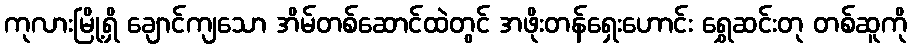
ကုလားမြို့ရှိ ချောင်ကျသော အိမ်တစ်ဆောင်ထဲတွင် အဖိုးတန်ရှေးဟောင်း ရွှေဆင်းတု တစ်ဆူကို